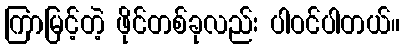
ကြာမြင့်တဲ့ ဖိုင်တစ်ခုလည်း ပါဝင်ပါတယ်။